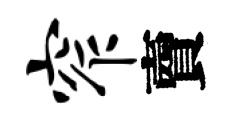
窄𧶠